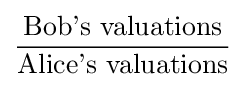
{\frac {\text{Bob's valuations}}{\text{Alice's valuations}}}